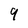
Character: 9